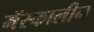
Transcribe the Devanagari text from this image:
मॅस्कालीन